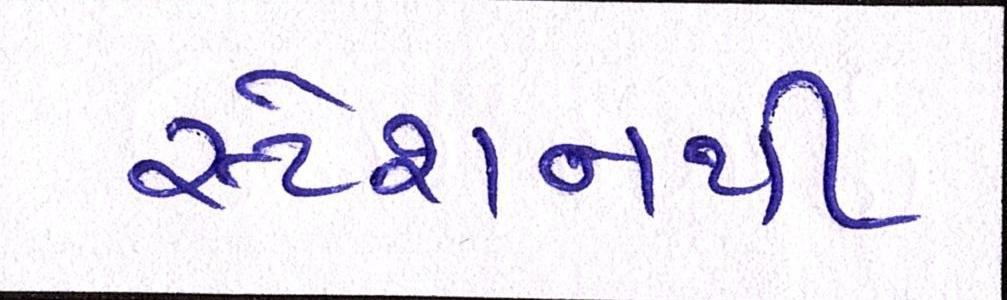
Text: સ્ટેશનથી